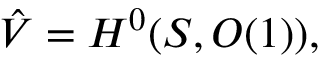
\hat { V } = H ^ { 0 } ( { \cal S } , { \cal O } ( 1 ) ) ,